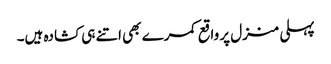
پہلی منزل پر واقع کمرے بھی اتنے ہی کشادہ ہیں۔